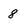
Character: 8